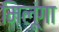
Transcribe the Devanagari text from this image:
मिलूंगा